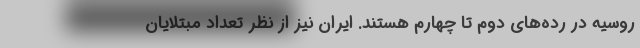
روسیه در رده‌های دوم تا چهارم هستند. ایران نیز از نظر تعداد مبتلایان